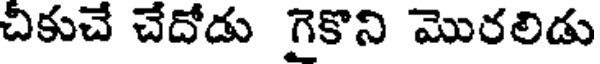
చికుచే చేదోడు గైకొని మొరలిడు